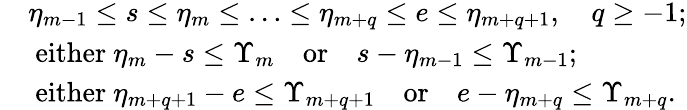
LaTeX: \begin{array}{rl}&{\eta_{m-1}\le s\le\eta_{m}\le\ldots\le\eta_{m+q}\le e\le\eta_{m+q+1},\quad q\ge-1;}\\ &{\mathrm{~either~}\eta_{m}-s\le\Upsilon_{m}\quad\mathrm{or}\quad s-\eta_{m-1}\le\Upsilon_{m-1};}\\ &{\mathrm{~either~}\eta_{m+q+1}-e\le\Upsilon_{m+q+1}\quad\mathrm{or}\quad e-\eta_{m+q}\le\Upsilon_{m+q}.}\end{array}